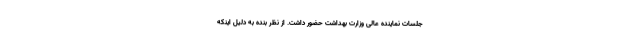
جلسات نماینده عالی وزارت بهداشت حضور داشت. از نظر بنده به دلیل اینکه